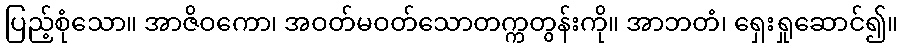
ပြည့်စုံသော။ အာဇိဝကော၊ အဝတ်မဝတ်သောတက္ကတွန်းကို။ အာဘတံ၊ ရှေးရှုဆောင်၍။